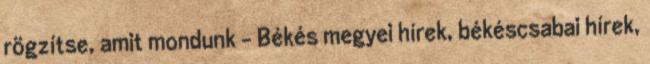
rögzítse, amit mondunk – Békés megyei hírek, békéscsabai hírek,